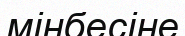
мінбесіне